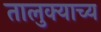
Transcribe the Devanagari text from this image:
तालुक्याच्य